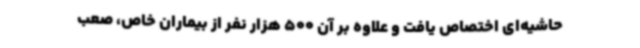
حاشیه‌ای اختصاص یافت و علاوه بر آن 500 هزار نفر از بیماران خاص، صعب